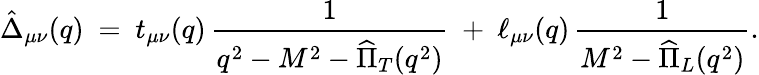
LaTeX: \hat{\Delta}_{\mu\nu}(q)\ =\ t_{\mu\nu}(q)\, \frac{1}{q^{2}-M^{2}-\widehat{\Pi}_{T}(q^{2})}\ +\ \ell_{\mu\nu}(q)\, \frac{1}{M^{2}-\widehat{\Pi}_{L}(q^{2})}.